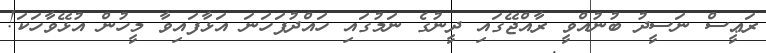
ރަޢީސް ނަސީދު ބުނުއްވީ ރާއްޖޭގައި ދީނުގެ ނަމުގައި ހައްދުފަހަނަ އަޅާފައިވާ މީހުން އުޅޭވާހަކަ!